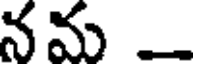
నమ _